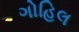
ગોહિલ